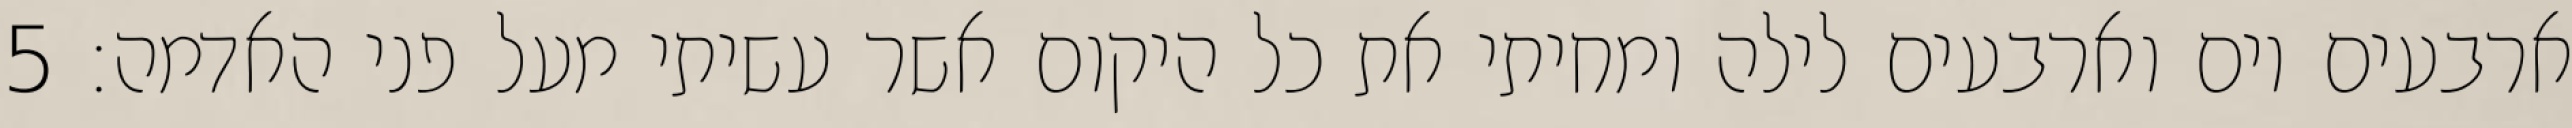
ארבעים יום וארבעים לילה ומחיתי את כל היקום אשר עשיתי מעל פני האדמה׃ ‎5‏